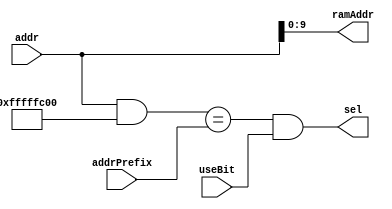
`timescale 1ns / 1ps
//////////////////////////////////////////////////////////////////////////////////
// Company: 
// Engineer: 
// 
// Design Name: 
// Module Name: kbyte_buddy
// Project Name: 
// Target Devices: 
// Tool Versions: 
// Description: 
// 
// Dependencies: 
// 
// Revision:
// Revision 0.01 - File Created
// Additional Comments:
// 
//////////////////////////////////////////////////////////////////////////////////


module kbyte_buddy(
    input [31:0] addr,
    input [31:0] addrPrefix,
    input useBit,
    output [9:0] ramAddr,
    output sel
    );
    
    wire equal = 0;
    
    assign sel = ((addr & 32'hfffffc00) == addrPrefix) & useBit;
    
    assign ramAddr = addr[9:0];
    
endmodule